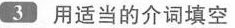
3用适当的介词填空